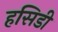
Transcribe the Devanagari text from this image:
हसिडी